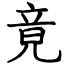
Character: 竟